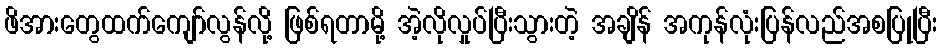
ဖိအားတွေထက်ကျော်လွန်လို့ ဖြစ်ရတာမို့ အဲ့လိုလှုပ်ပြီးသွားတဲ့ အချိန် အကုန်လုံးပြန်လည်အစပြုပြီး